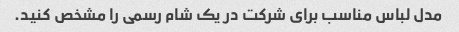
مدل لباس مناسب برای شرکت در یک شام رسمی را مشخص کنید.